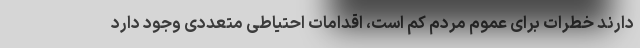
دارند خطرات برای عموم مردم کم است، اقدامات احتیاطی متعددی وجود دارد